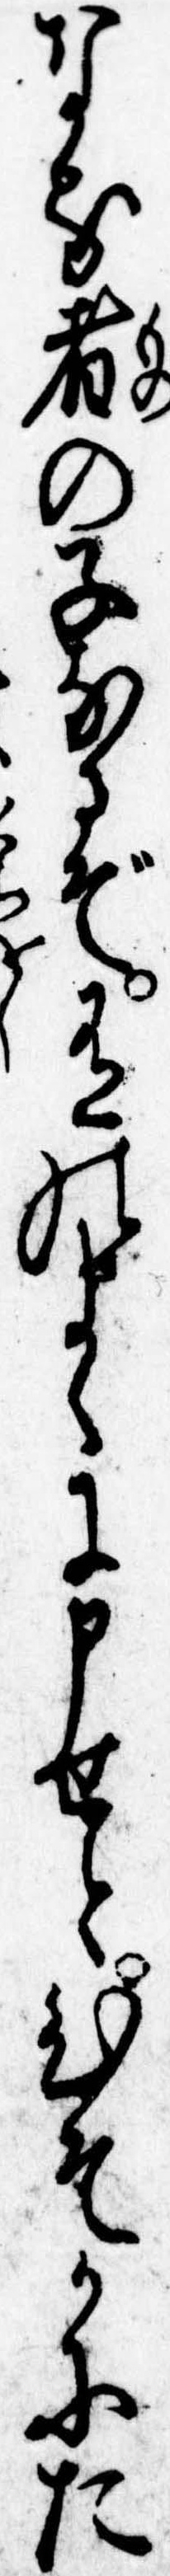
なる者の子なるぞ有のまゝに申せとひそかにた